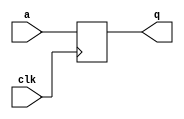
module d_filpflop(q,clk,a);
output q;
input clk,a;
reg q;
always @(posedge clk)
q <= a;
endmodule